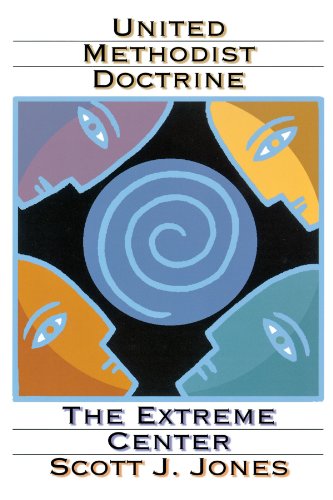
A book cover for United Methodist Doctrine: The Extreme Center; Scott J. Jones; Christian Books & Bibles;